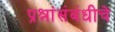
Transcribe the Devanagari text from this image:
प्रश्नांसंबंधीचे